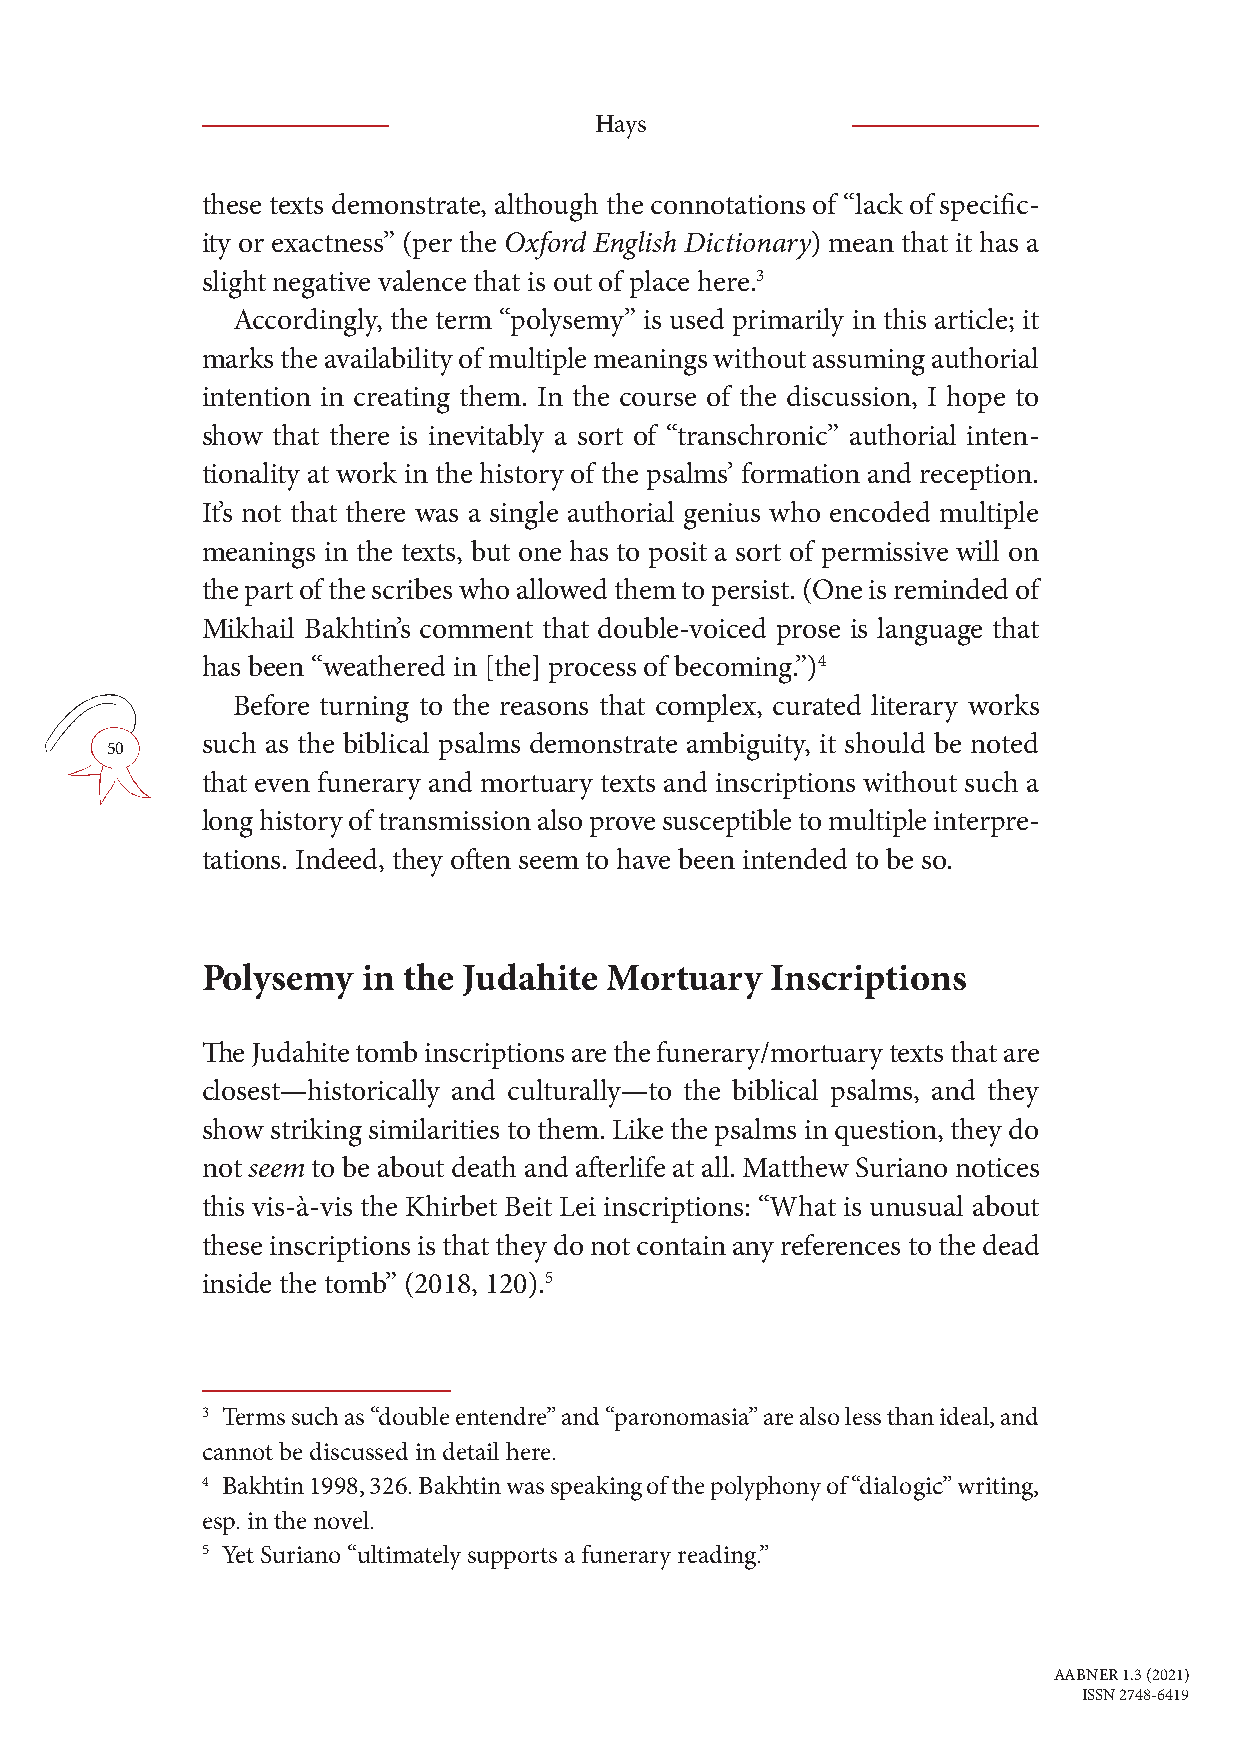
Hays
 these texts demonstrate, although the connotations of “lack of specific-
 ity or exactness” (per the Oxford English Dictionary) mean that it has a
 slight negative valence that is out of place here.3
 Accordingly, the term “polysemy” is used primarily in this article; it
 marks the availability of multiple meanings without assuming authorial
 intention in creating them. In the course of the discussion, I hope to
 show that there is inevitably a sort of “transchronic” authorial inten-
 tionality at work in the history of the psalms’ formation and reception.
 It’s not that there was a single authorial genius who encoded multiple
 meanings in the texts, but one has to posit a sort of permissive will on
 the part of the scribes who allowed them to persist. (One is reminded of
 Mikhail Bakhtin’s comment that double-voiced prose is language that
 has been “weathered in [the] process of becoming.”)4
 Before turning to the reasons that complex, curated literary works
 such as the biblical psalms demonstrate ambiguity, it should be noted
 50
 that even funerary and mortuary texts and inscriptions without such a
 long history of transmission also prove susceptible to multiple interpre-
 tations. Indeed, they often seem to have been intended to be so.
 Polysemy   in the Judahite Mortuary   Inscriptions
 The Judahite tomb inscriptions are the funerary/mortuary texts that are
 closest—historically and culturally—to the biblical psalms, and they
 show striking similarities to them. Like the psalms in question, they do
 not seem to be about death and afterlife at all. Matthew Suriano notices
 this vis-à-vis the Khirbet Beit Lei inscriptions: “What is unusual about
 these inscriptions is that they do not contain any references to the dead
 inside the tomb” (2018, 120).5
 3 Terms such as “double entendre” and “paronomasia” are also less than ideal, and
 cannot be discussed in detail here.
 4 Bakhtin 1998, 326. Bakhtin was speaking of the polyphony of “dialogic” writing,
 esp. in the novel.
 5 Yet Suriano “ultimately supports a funerary reading.”
 AABNER 1.3 (2021)
 ISSN 2748-6419